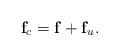
LaTeX: \begin{align*} \mathbf{f}_c = \mathbf{f} + \mathbf{f}_u. \end{align*}